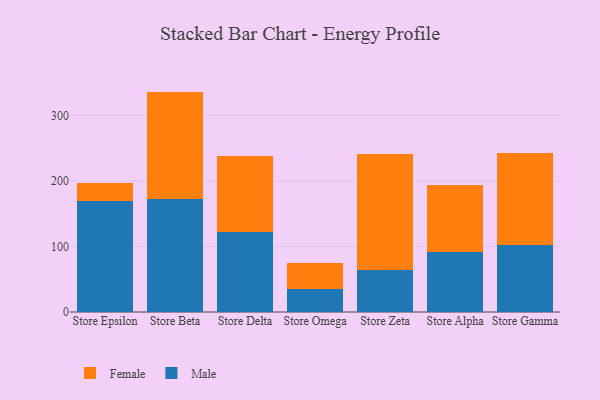
{"axis": {"x": "Store", "y": "Bounce Rate (%)"}, "legend": ["Female", "Male"], "data": [{"x": "Store Epsilon", "y": 169.2, "type": "Male"}, {"x": "Store Epsilon", "y": 27.4, "type": "Female"}, {"x": "Store Beta", "y": 172.4, "type": "Male"}, {"x": "Store Beta", "y": 164.1, "type": "Female"}, {"x": "Store Delta", "y": 122.9, "type": "Male"}, {"x": "Store Delta", "y": 115.4, "type": "Female"}, {"x": "Store Omega", "y": 35.6, "type": "Male"}, {"x": "Store Omega", "y": 39.1, "type": "Female"}, {"x": "Store Zeta", "y": 63.6, "type": "Male"}, {"x": "Store Zeta", "y": 177.6, "type": "Female"}, {"x": "Store Alpha", "y": 92.0, "type": "Male"}, {"x": "Store Alpha", "y": 102.1, "type": "Female"}, {"x": "Store Gamma", "y": 102.4, "type": "Male"}, {"x": "Store Gamma", "y": 140.8, "type": "Female"}]}